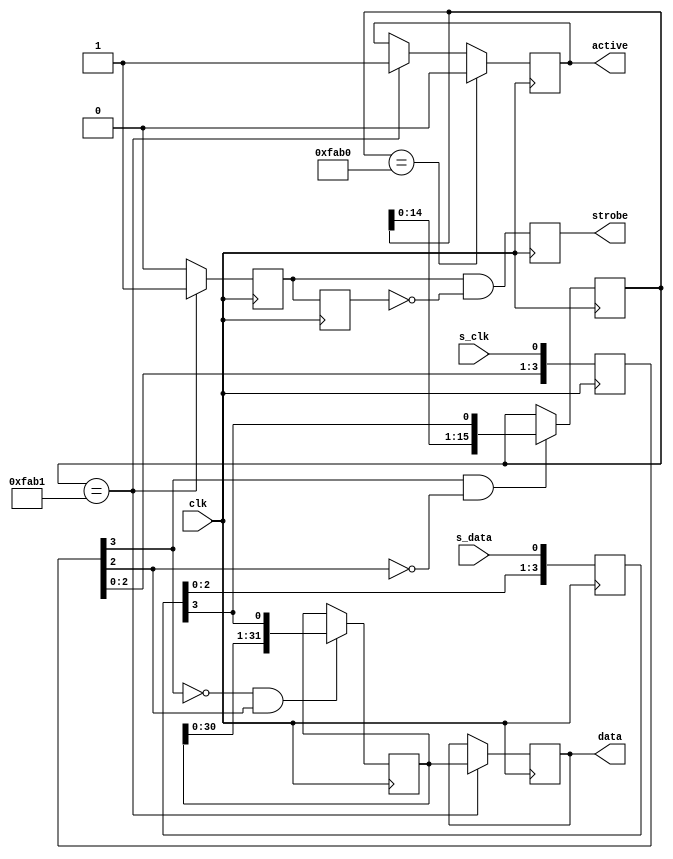
// SPDX-FileCopyrightText: 
// 2022 Nguyen Dao
//
// Licensed under the Apache License, Version 2.0 (the "License");
// you may not use this file except in compliance with the License.
// You may obtain a copy of the License at
//
//      http://www.apache.org/licenses/LICENSE-2.0
//
// Unless required by applicable law or agreed to in writing, software
// distributed under the License is distributed on an "AS IS" BASIS,
// WITHOUT WARRANTIES OR CONDITIONS OF ANY KIND, either express or implied.
// See the License for the specific language governing permissions and
// limitations under the License.
//
// SPDX-License-Identifier: Apache-2.0

module bitbang (s_clk, s_data, strobe, data, active, clk);
	localparam on_pattern = 16'hFAB1; 
	localparam off_pattern = 16'hFAB0; 
	input s_clk;
	input s_data;
	output reg strobe;
	output reg [31:0] data;
	output reg active = 1'b0;
	input clk; 

	reg [3:0] s_data_sample;
	reg [3:0] s_clk_sample;

	reg [31:0] serial_data;
	reg [15:0] serial_control;

	reg local_strobe;
	reg old_local_strobe;

	always @ (posedge clk)
	begin : p_input_sync
		s_data_sample <= {s_data_sample[3-1:0],s_data};
		s_clk_sample  <= {s_clk_sample[3-1:0],s_clk};
	end

	always @ (posedge clk)
	begin : p_in_shift
		// on s_clk_sample rising edge, we sample in a serial_data bit
		if ((s_clk_sample[3] == 1'b0) && (s_clk_sample[3-1] == 1'b1)) begin
			serial_data <= {serial_data[31-1:0],s_data_sample[3]};
		end
		// on s_clk_sample faling edge, we sample in a serial_data bit
		if ((s_clk_sample[3] == 1'b1) && (s_clk_sample[3-1] == 1'b0)) begin
			serial_control <= {serial_control[15-1:0],s_data_sample[3]}; // its data again, but its sampled on the other edge
		end
	end

// we could replicate the following 
	always @ (posedge clk)
	begin : p_parallel_load
		local_strobe <= 1'b0; // will be overwritten if next conditional is true
		if (serial_control == on_pattern) begin// x"FAB1" then      
			data <= serial_data;
			local_strobe <= 1'b1;
		end //else begin
		//	data <= data;
		//	local_strobe <= 1'b0;
		// end
		old_local_strobe <= local_strobe;
		strobe <= local_strobe & ~old_local_strobe; // activates strobe for one clock cycle after "FAB0" was detected
	end

// we could replicate the following 
	always @ (posedge clk)
	begin : active_FSM
		if (serial_control == on_pattern) begin// x"FAB1" then      
			active <= 1'b1;
		end
		if (serial_control == off_pattern) begin// x"FAB0" then      
			active <= 1'b0;
		end
	end

// the following is just copy and past, in case we want use the bitbang interface to shift in other data (let's say to drive CPU port)
// we can also read back the data by loading the parallel shift and shifting the content to an output pin
//p_parallel_load2: process(clk)
//begin
//    if clk'event and clk=1'b1 then
//        local_strobe <= 1'b0;       // will be overwritten if next conditional is true
//        if serial_control = x"FAB1" then      
//            data2 <= serial_data;  
//            local_strobe2 <= 1'b1;
//            old_local_strobe2 <= local_strobe;
//        end if;
//      strobe2 <= local_strobe2 and (not old_local_strobe2)   // activates strobe for one clock cycle after "FAB0" was detected
//    end if;
//end process;

endmodule